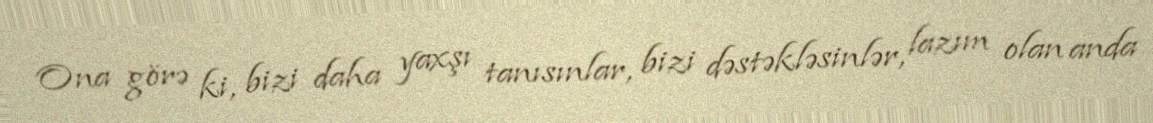
Ona görə ki, bizi daha yaxşı tanısınlar, bizi dəstəkləsinlər, lazım olan anda